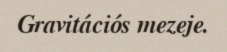
Gravitációs mezeje.